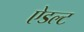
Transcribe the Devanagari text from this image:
ऐडल्ट